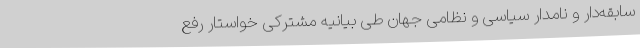
سابقه‌دار و نامدار سیاسی و نظامی جهان طی بیانیه مشترکی خواستار رفع